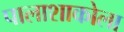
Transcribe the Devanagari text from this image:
पालाशाकोला